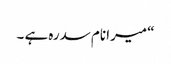
“ میرا نام سدرہ ہے ۔